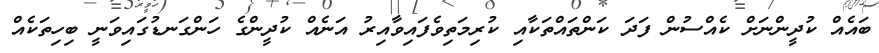
ބައެއް ކުދީންނަށް ކެއްސުން ފަދަ ކަންތައްތަކާއި ކުރިމަތިވެފައިވާއިރު އަނެއް ކުދީންގެ ހަންގަނޑުގައިވަނީ ބިހިތަކެއް